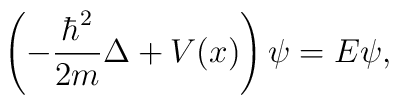
\left(-{{\hbar^2}\over {2m}}\Delta+V(x)\right)\psi=E\psi,